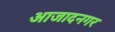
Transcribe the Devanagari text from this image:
आजादनगर